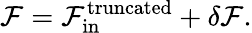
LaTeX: \mathcal{F}=\mathcal{F}_{\mathrm{in}}^{\mathrm{truncated}}+\delta\mathcal{F}.